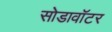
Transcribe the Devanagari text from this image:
सोडावॉटर